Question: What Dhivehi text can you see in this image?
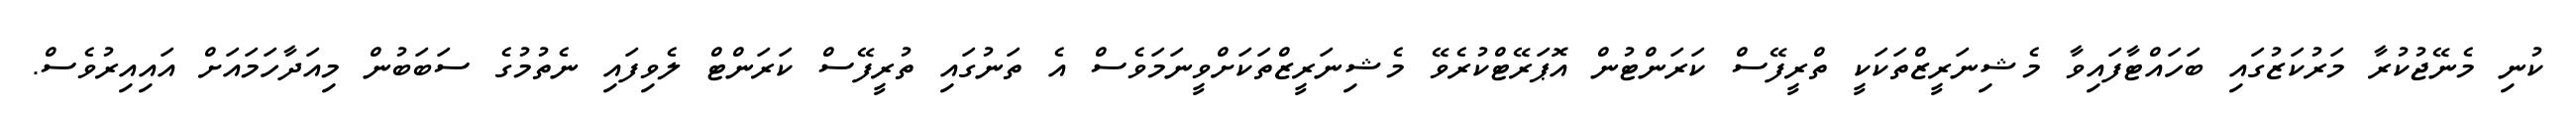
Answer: ކުނި މެނޭޖުކުރާ މަރުކަޒުގައި ބަހައްޓާފައިވާ މެޝިނަރީޒްތަކަކީ ތްރީފޭސް ކަރަންޓުން އޮޕަރޭޓްކުރެވޭ މެޝިނަރީޒްތަކަށްވީނަމަވެސް އެ ތަނުގައި ތުރީފޭސް ކަރަންޓް ލެވިފައި ނެތުމުގެ ސަބަބުން މިއަދާހަމައަށް އައިއިރުވެސް.